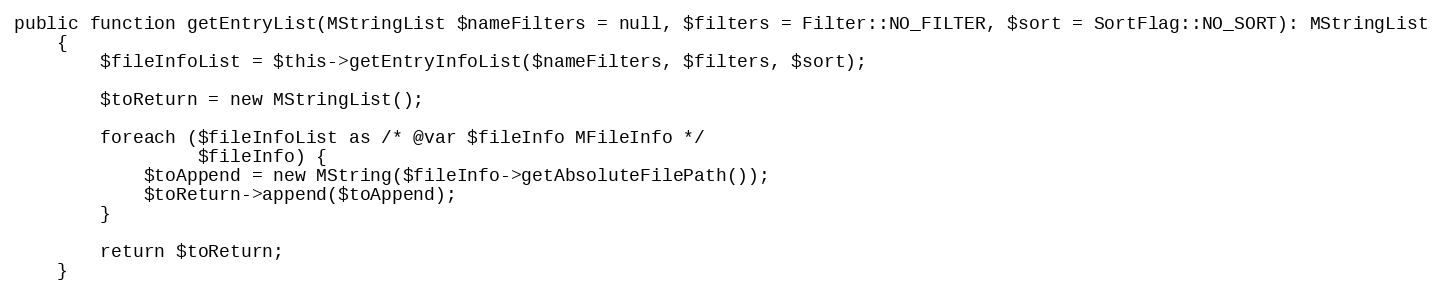
Language: PHP
public function getEntryList(MStringList $nameFilters = null, $filters = Filter::NO_FILTER, $sort = SortFlag::NO_SORT): MStringList
    {
        $fileInfoList = $this->getEntryInfoList($nameFilters, $filters, $sort);

        $toReturn = new MStringList();

        foreach ($fileInfoList as /* @var $fileInfo MFileInfo */
                 $fileInfo) {
            $toAppend = new MString($fileInfo->getAbsoluteFilePath());
            $toReturn->append($toAppend);
        }

        return $toReturn;
    }